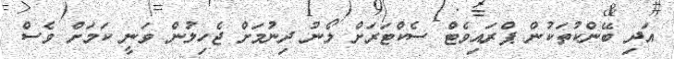
އަދި ބޭންކުތަކުން ޕްރައިވެޓް ސެކްޓަރަށް ލޯނު ދިނުމަށް ޖެހިލުން ވަނީ ކަމަށް ވެސް